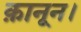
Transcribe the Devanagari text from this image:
क़ानून।